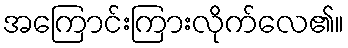
အကြောင်းကြားလိုက်လေ၏။